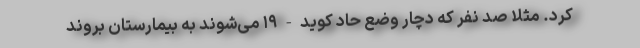
کرد. مثلاً صد نفر که دچار وضع حاد کوید-۱۹ می‌شوند به بیمارستان بروند